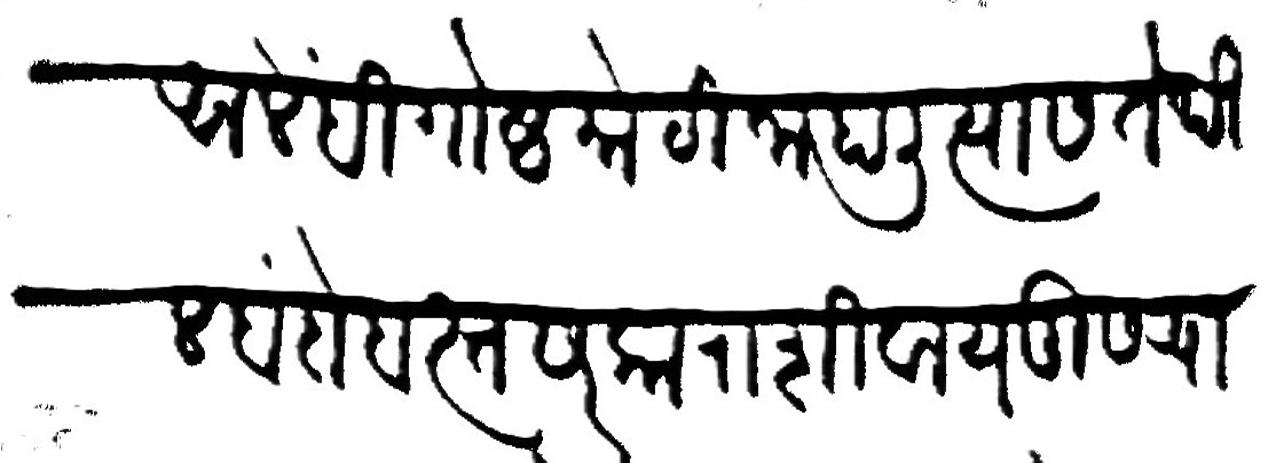
Transliteration (Devanagari): आले ही गोष्ट मोठी जाहाली त्यास तेथील बंदोबस्त सरकाराशिवाय दुसऱ्याचा